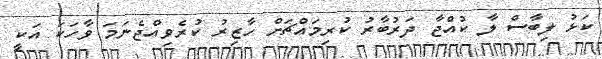
ކަޅު ލިބާސް ލާ ކުއްޖާ ދަރުބާރު ކުރިމައްޗަށް ހާޒިރު ކުރެވިއްޖެނަމަ ވާހަކަ އަކީ